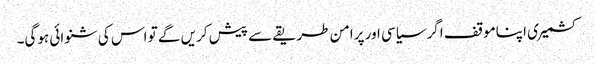
کشمیری اپناموقف اگرسیاسی اور پرامن طریقے سے پیش کریں گے تو اس کی شنوائی ہوگی۔